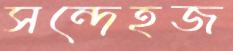
সন্দেহজ